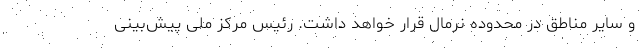
و سایر مناطق در محدوده نرمال قرار خواهد داشت. رئیس مرکز ملی پیش‌بینی